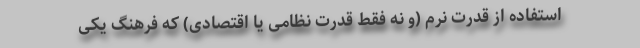
استفاده از قدرت نرم (و نه فقط قدرت نظامی یا اقتصادی) که فرهنگ یکی